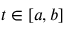
t \in [ a , b ]